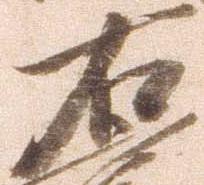
右